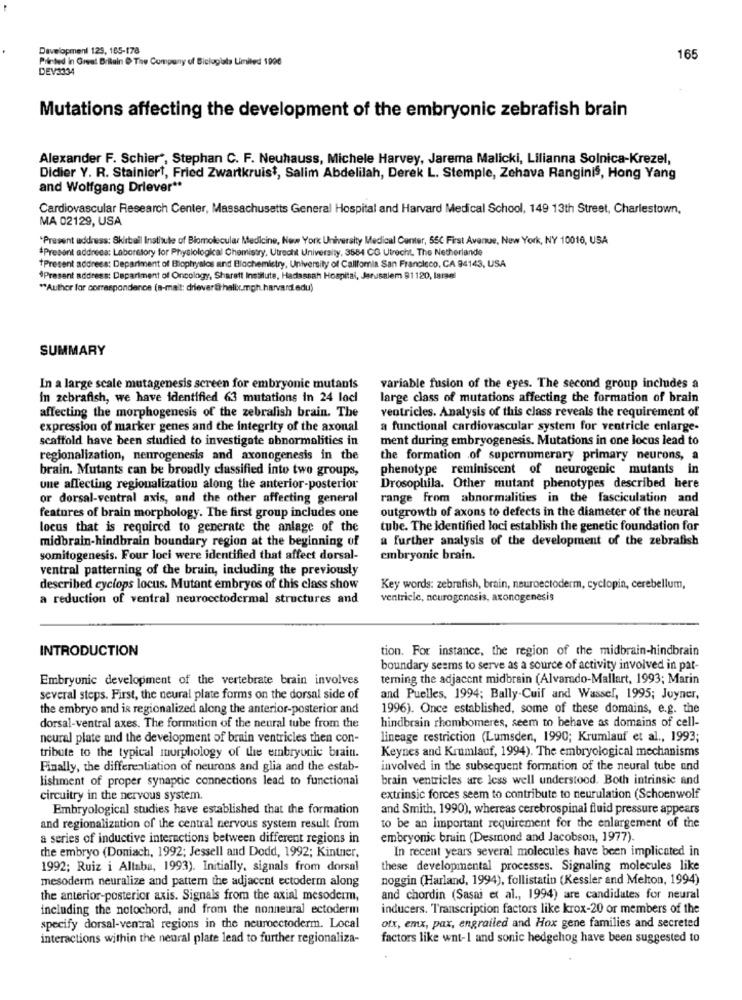
Development 129, 165-178
Printed in Great Britain & The Company of Biclogiala Limited 1900
165
DEV3334
Mutations affecting the development of the embryonic zebrafish brain
Alexander F. Schier", Stephan C. F. Neuhauss, Michele Harvey, Jarema Malicki, Lilianna Solnica-Krezel,
Didier Y. R. Stainiert, Fried Zwartkruist, Salim Abdelilah, Derek L. Stemple, Zehava Ranginis, Hong Yang
and Wolfgang Driever **
Cardiovascular Research Center, Massachusetts General Hospital and Harvard Medical School, 149 13th Street, Charlestown,
MA 02129, USA
"Present address: Skirball Institute of Biomolecular Medicine, New York University Medical Center, 55C First Avenue, New York, NY 10016, USA
*Present address: Laboratory for Physiological Chemistry, Utrecht University, 3584 CG Utrecht, The Netherlande
*Present address: Department of Biophyalos and Biochemistry, University of Calllomia San Francisco, CA 94143, USA
*Present address: Department of Oncology, Sharett Insalute, Hadassah Hospital, Jerusalem 91120, Israel
"Author for correspondance (a-mail: driever@ halix.mgh.harvard.edu)
SUMMARY
In a large scale mutagenesis screen for embryonic mutants
variable fusion of the eyes. The second group includes a
In zebrafish, we have identified 63 mutations in 24 loci
large class of mutations affecting the formation of brain
affecting the morphogenesis of the zebrafish brain. The
ventricles. Analysis of this class reveals the requirement of
expression of marker genes and the integrity of the axonal
a functional cardiovascular system for ventricle enlarge-
scaffold have been studied to investigate abnormalities in
ment during embryogenesis. Mutations in one locus lead to
regionalization, neurogenesis and axonogenesis in the
the formation .of supernumerary primary neurons, a
brain. Mutants can be broadly classified into two groups,
phenotype reminiscent of neurogenic mutants in
une affecting regionalization along the anterior-posterior
Drosophila. Other mutant phenotypes described here
or dorsal-ventral axis, and the other affecting general
range from abnormalities in the fasciculation and
outgrowth of axons to defects in the diameter of the neural
features of brain morphology. The first group includes one
locus that is required to generate the anlage of the
tube. The identified loci establish the genetic foundation for
midbrain-hindbrain boundary region at the beginning of
a further analysis of the development of the zebrafish
somitogenesis. Four loci were identified that affect dorsal-
embryonic brain.
ventral patterning of the brain, including the previously
described cyclops locus. Mutant embryos of this class show
Key words: zebrafish, brain, neuroectoderm, cyclopin, cerebellum,
a reduction of ventral neuroectodermal structures and
ventricle, neurogenesis, axonogenesis
INTRODUCTION
tion. For instance, the region of the midbrain-hindbrain
boundary seems to serve as a source of activity involved in pat-
Embryonic development of the vertebrate brain involves
terning the adjacent midbrain (Alvarado-Mallart, 1993; Marin
several steps. First, the neural plate forms on the dorsal side of
and Puelles, 1994; Bally-Cuif and Wasser, 1995; Joyner,
the embryo and is regionalized along the anterior-posterior and
1996). Once established, some of these domains, e.g. the
dorsal-ventral axes. The formation of the neural tube from the
hindbrain rhombomeres, seem to behave as domains of cell-
neural plate and the development of brain ventricles then con-
lineage restriction (Lumsden, 1990; Krumlauf et al ., 1993;
tribute to the typical morphology of the embryonic brain.
Keynes and Krumlauf, 1994). The embryological mechanisms
Finally, the differentiation of neurons and glia and the estab-
involved in the subsequent formation of the neural tube and
lishment of proper synaptic connections lead to functional
brain ventricles are less well understood. Both intrinsic and
circuitry in the nervous system.
extrinsic forces seem to contribute to neurulation (Schoenwolf
Embryological studies have established that the formation
and Smith, 1990), whereas cerebrospinal fluid pressure appears
and regionalization of the central nervous system result from
to be an important requirement for the enlargement of the
a series of inductive interactions between different regions in
embryonic brain (Desmond and Jacobson, 1977).
the embryo (Doniach, 1992; Jessell and Dodd, 1992; Kintner,
In recent years several molecules have been implicated in
1992; Ruiz i Altaba, 1993). Initially, signals from dorsal
these developmental processes. Signaling molecules like
mesoderm neuralize and pattern the adjacent ectoderm along
noggin (Harland, 1994), follistatin (Kessler and Melton, 1994)
the anterior-posterior axis. Signals from the axial mesoderm,
and chordin (Sasai et al ., 1994) are candidates for neural
including the notochord, and from the nonneural ectoderm
inducers. Transcription factors like krox-20 or members of the
specify dorsal-ventral regions in the neuroectoderm. Local
ofx, emx, pax, engrailed and Hox gene families and secreted
interactions within the neural plate lead to further regionaliza-
factors like wnt-1 and sonic hedgehog have been suggested to